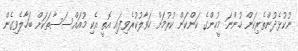
ނުކުޅެދުންތެރިކަން ހުންނަ މީހުންގެ ކަންކަން ކުރުމަށް ހަވާލުކުރެވިފައި އޮތީ އެކި މުއައްސަސާތަކަށް ބަހާލެވިގެން